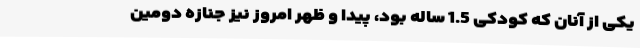
یکی از آنان که کودکی 1.5 ساله بود، پیدا و ظهر امروز نیز جنازه دومین